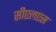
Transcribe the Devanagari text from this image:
सीएलएस